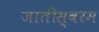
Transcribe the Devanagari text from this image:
जातीस्वरम